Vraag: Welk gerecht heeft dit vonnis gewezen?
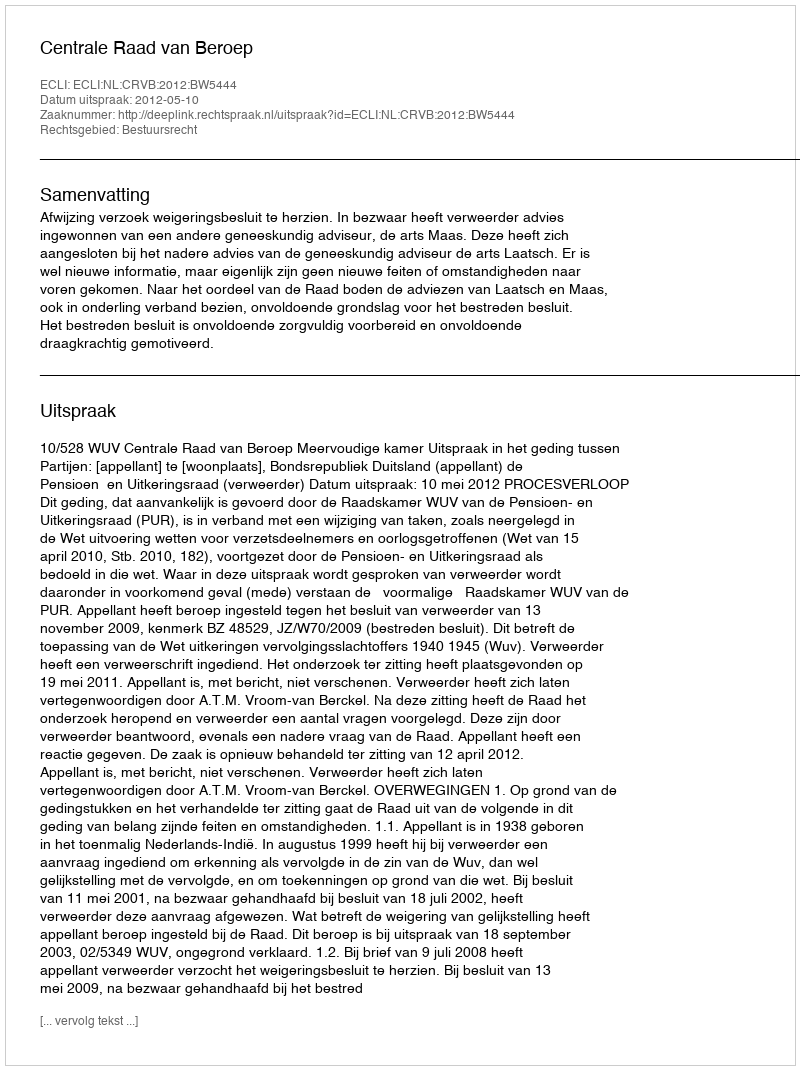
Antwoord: Centrale Raad van Beroep